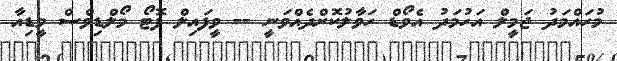
މުހައްމަދު ޖަމީލް އަހުމަދު އެވޯޑް ހަވާލުކޮށްދެއްވަނީ -- ވީފައިލް ފޮޓޯ މޯލްޑިވްސް މީޑިއާ